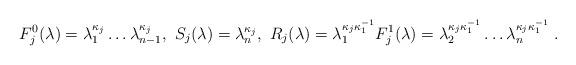
LaTeX: \begin{align*}F^0_j(\lambda) = \lambda^{\kappa_j}_1 \ldots \lambda^{\kappa_j}_{n-1} , \ S_j(\lambda) = \lambda^{\kappa_j}_{n} , \ R_j(\lambda) = \lambda^{\kappa_j \kappa_1^{-1}}_{1} F^1_j(\lambda) = \lambda^{\kappa_j \kappa_1^{-1}}_{2} \ldots \lambda^{\kappa_j \kappa_1^{-1}}_{n \vphantom{2}} \; .\end{align*}